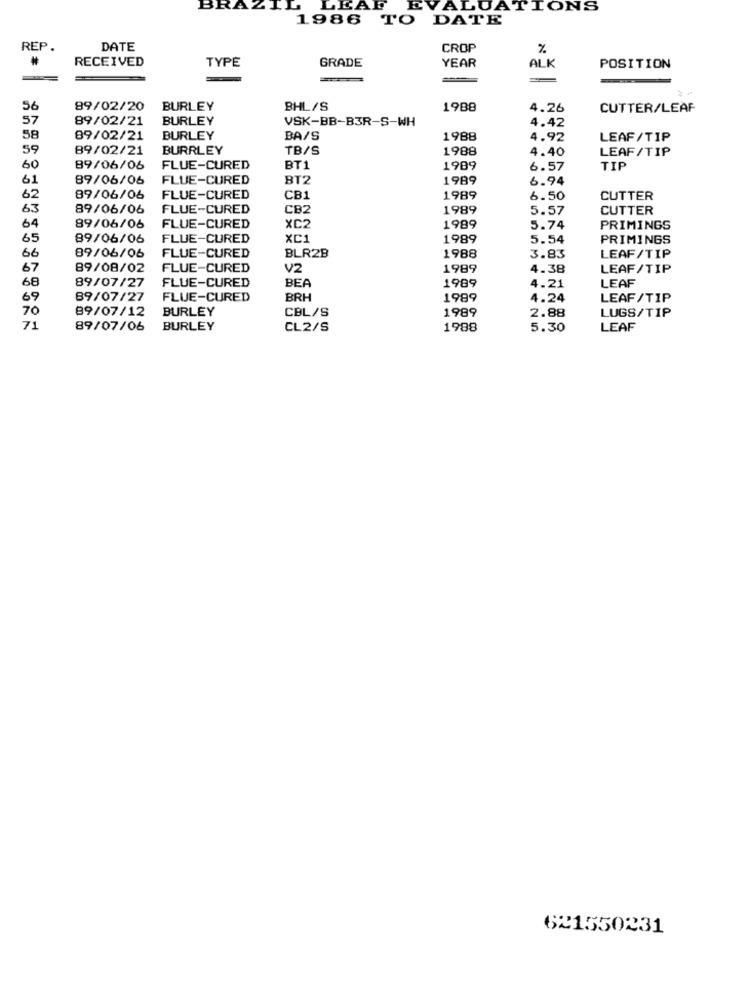
BRA
VALUATIONS
1986 TO DATE
REP .
DATE
CROP
%
RECEIVED
TYPE
GRADE
YEAR
ALK
POSITION
56
89/02/20
BURLEY
BHL/S
1988
4.26
CUTTER/LEAF
57
89/02/21
BURLEY
VSK-BB-B3R-S-WH
4.42
58
89/02/21
BURLEY
BA/S
1988
4.92
LEAF/TIP
59
89/02/21
BURRLEY
TB/S
1988
4.40
LEAF/TIP
60
89/06/06
FLUE-CURED
BT1
1989
6.57
TIP
61
89/06/06
FLUE-CURED
BT2
1989
6.94
62
89/06/06
FLUE-CURED
CB1
1989
6.50
CUTTER
63
89/06/06
FLUE-CURED
CB2
1989
5.57
CUTTER
64
89/06/06
FLUE-CURED
XC2
1989
5.74
PRIMINGS
65
89/06/06
FLUE-CURED
XC1
1989
5.54
PRIMINGS
66
89/06/06
FLUE-CURED
BLR2B
1988
3.83
LEAF/TIP
67
89/08/02
FLUE-CURED
V2
1989
4.38
LEAF/TIP
FLUE-CURED
BEA
68
89/07/27
1989
4.21
LEAF
69
89/07/27
FLUE-CURED
BRH
1989
4.24
LEAF/TIP
70
89/07/12
BURLEY
CBL/S
1989
LUGS/TIP
2.88
71
89/07/06
BURLEY
CL2/S
1988
5.30
LEAF
621550231